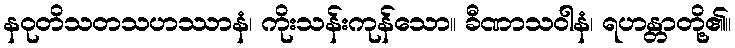
နဝုတိသတသဟဿာနံ၊ ကိုးသန်းကုန်သော။ ခီဏာသဝါနံ၊ ရဟန္တာတို့၏။